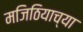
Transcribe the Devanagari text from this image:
मजिठियाच्या